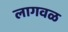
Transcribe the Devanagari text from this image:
लागवळ